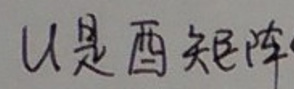
U是酉矩阵